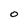
Character: O